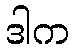
ဒါက